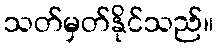
သတ်မှတ်နိုင်သည်။